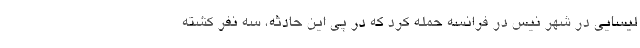
لیسایی در شهر نیس در فرانسه حمله کرد که در پی این حادثه، سه نفر کشته